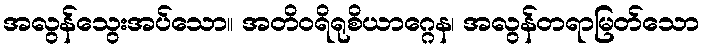
အလွန်သွေးအပ်သော။ အတိဝရိရုစိယာဂ္ဂေန၊ အလွန်တရာမြတ်သော